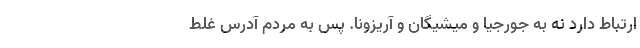
ارتباط دارد نه به جورجیا و میشیگان و آریزونا. پس به مردم آدرس غلط